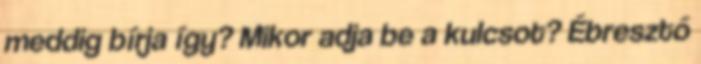
meddig bírja így? Mikor adja be a kulcsot? Ébresztő